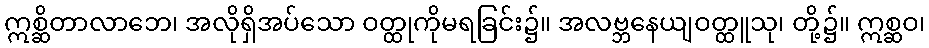
ဣစ္ဆိတာလာဘေ၊ အလိုရှိအပ်သော ဝတ္ထုကိုမရခြင်း၌။ အလဗ္ဘနေယျဝတ္ထူသု၊ တို့၌။ ဣစ္ဆဝ၊